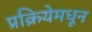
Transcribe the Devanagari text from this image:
प्रक्रियेमधून